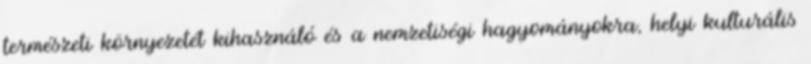
természeti környezetét kihasználó és a nemzetiségi hagyományokra, helyi kulturális